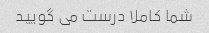
شما کاملا درست می گویید